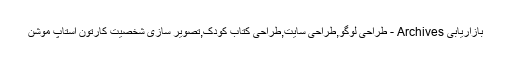
بازاریابی Archives - طراحی لوگو,طراحی سایت,طراحی کتاب کودک,تصویر سازی شخصیت کارتون استاپ موشن